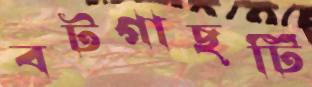
বটগাছটি